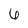
Character: 6